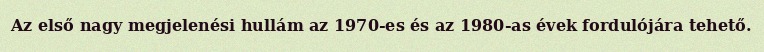
Az első nagy megjelenési hullám az 1970-es és az 1980-as évek fordulójára tehető.